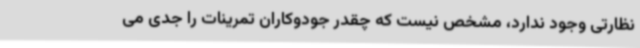
نظارتی وجود ندارد، مشخص نیست که چقدر جودوکاران تمرینات را جدی می